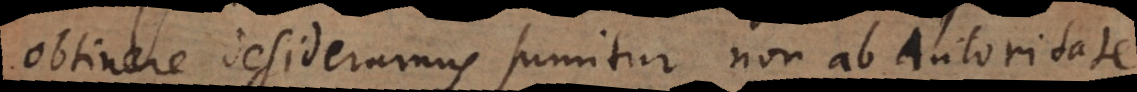
obtinere desideramus sumitur non ab Autoritate